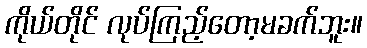
ကိုယ်တိုင် လုပ်ကြည့်တော့မခက်ဘူး။